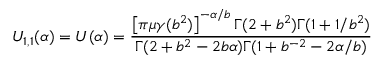
U _ { 1 , 1 } ( \alpha ) = U ( \alpha ) = \frac { \left[ \pi \mu \gamma ( b ^ { 2 } ) \right] ^ { - \alpha / b } \Gamma ( 2 + b ^ { 2 } ) \Gamma ( 1 + 1 / b ^ { 2 } ) } { \Gamma ( 2 + b ^ { 2 } - 2 b \alpha ) \Gamma ( 1 + b ^ { - 2 } - 2 \alpha / b ) }